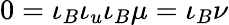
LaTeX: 0=\iota_{B}\iota_{u}\iota_{B}\mu=\iota_{B}\nu